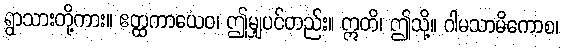
ရွာသားတို့ကား။ ဧတ္ထကာယေဝ၊ ဤမျှပင်တည်း။ ဣတိ၊ ဤသို့။ ဂါမသာမိကောစ၊